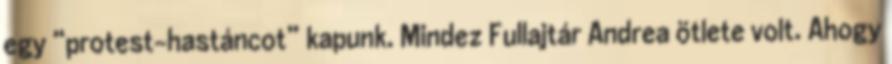
egy “protest-hastáncot” kapunk. Mindez Fullajtár Andrea ötlete volt. Ahogy